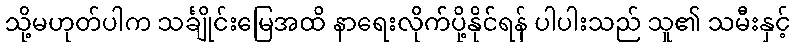
သို့မဟုတ်ပါက သင်္ချိုင်းမြေအထိ နာရေးလိုက်ပို့နိုင်ရန် ပါပါးသည် သူ၏ သမီးနှင့်